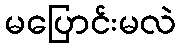
မပြောင်းမလဲ